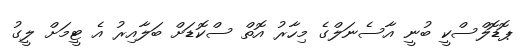
ޕޮޑޮލްސްކީ ބުނީ އާސެނަލްގެ މިހާރު އޮތް ސްކޮޑަށް ބަލާއިރު އެ ޓީމަށް ލީގު